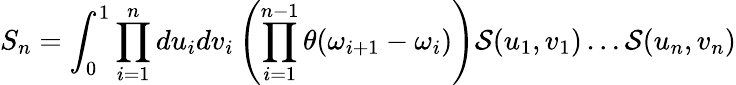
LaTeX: S_{n}=\int_{0}^{1}\prod_{i=1}^{n}du_{i}dv_{i}\left(\prod_{i=1}^{n-1}\theta(\omega_{i+1}-\omega_{i})\right){\cal S}(u_{1},v_{1})\dots{\cal S}(u_{n},v_{n})